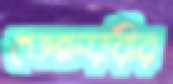
ফেব্রুয়ারীর